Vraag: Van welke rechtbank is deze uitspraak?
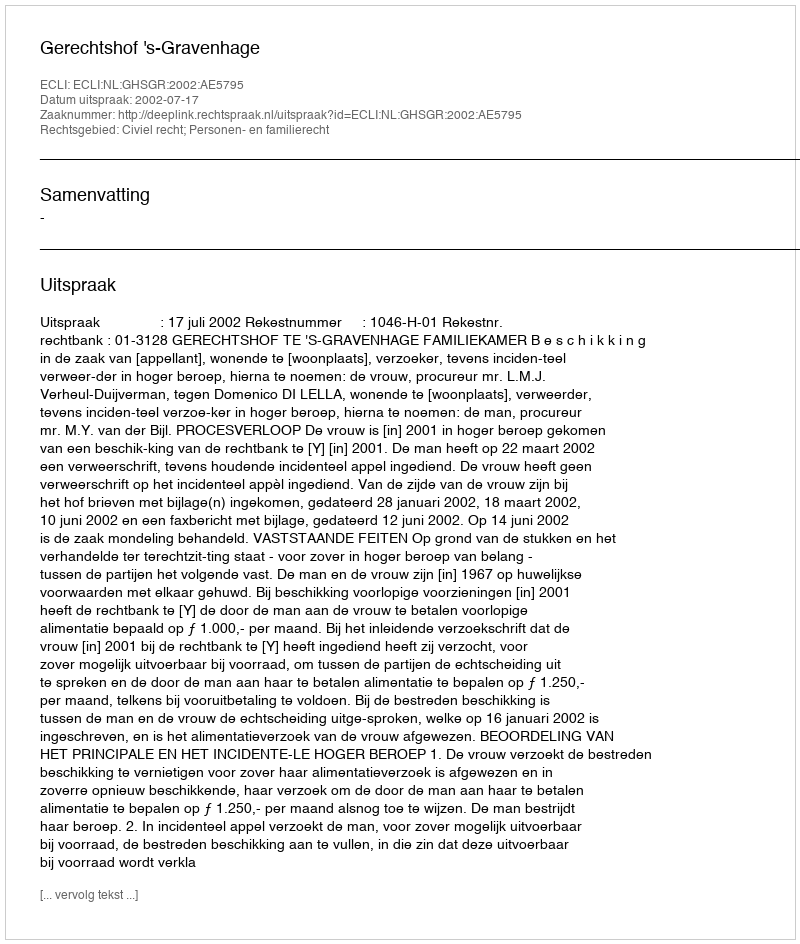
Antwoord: Gerechtshof 's-Gravenhage